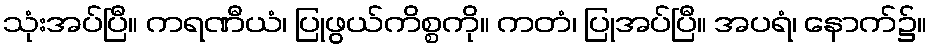
သုံးအပ်ပြီ။ ကရဏီယံ၊ ပြုဖွယ်ကိစ္စကို။ ကတံ၊ ပြုအပ်ပြီ။ အပရံ၊ နောက်၌။